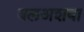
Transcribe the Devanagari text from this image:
बलअशबा